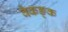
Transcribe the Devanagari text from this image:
वैकङ्क